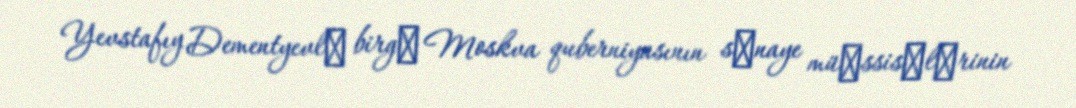
Yevstafıy Dementyevlә birgә Moskva quberniyasının sәnaye müәssisәlәrinin